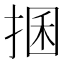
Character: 𢮖